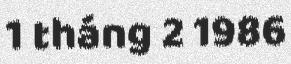
1 tháng 2 1986